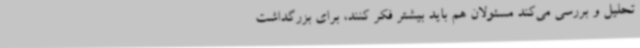
تحلیل و بررسی می‌کند مسئولان هم باید بیشتر فکر کنند، برای بزرگداشت